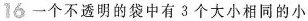
16 一个不透明的袋中有3个大小相同的小